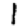
Digit: 1